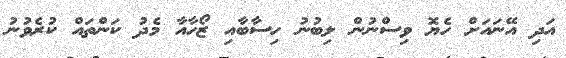
އަދި އޭނައަށް ހެޔޮ ވިސްނުން ލިބުނު ހިސާބާއި ޒޯހާއާ މެދު ކަންތައް ކުރެވުނު